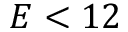
E < 1 2